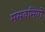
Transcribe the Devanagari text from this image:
मसवनियों